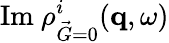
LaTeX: \mathrm{Im}~\rho_{\vec{G}=0}^{i}(\mathbf{q},\omega)